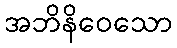
အဘိနိဝေသော